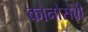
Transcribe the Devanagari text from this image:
कोनोसेबी